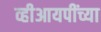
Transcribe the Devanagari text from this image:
व्हीआयपींच्या